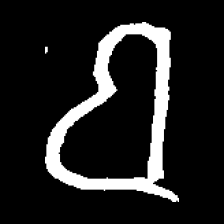
Pyu character \u2014 Myanmar letter: ဗ (romanized: ba)